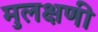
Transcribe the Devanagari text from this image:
मुलक्षणी